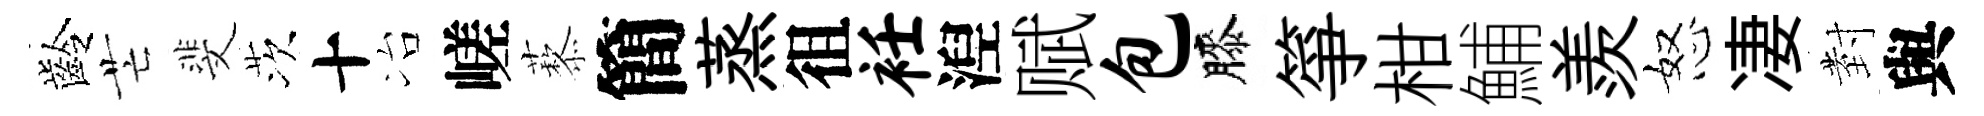
齡芒斐茨十冶嵯藜簡蒸徂衽湼赋包膝箏柑鯆羨怒凄𭔹與